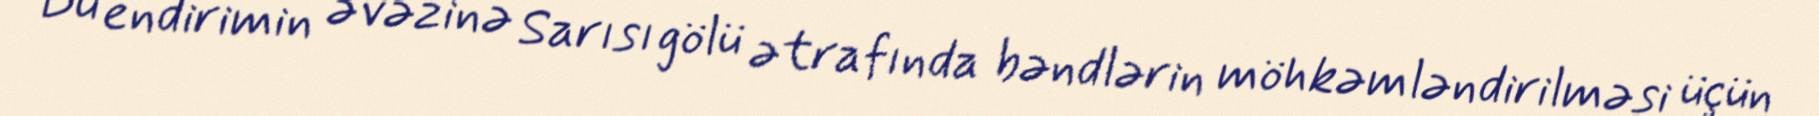
Bu endirimin əvəzinə Sarısı gölü ətrafında bəndlərin möhkəmləndirilməsi üçün